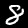
Label: 8